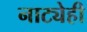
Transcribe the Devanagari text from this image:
नाट्येही